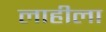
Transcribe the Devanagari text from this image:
लाहीला